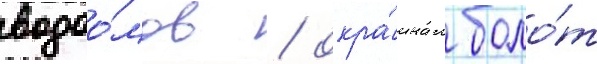
водоо́мов / окра́инам боло́т